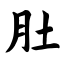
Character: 肚